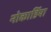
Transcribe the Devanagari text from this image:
नोकार्डिया